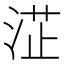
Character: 淽